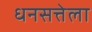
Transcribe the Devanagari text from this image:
धनसत्तेला